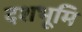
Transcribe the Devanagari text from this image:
दशभूमि